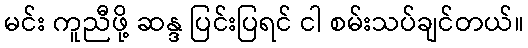
မင်း ကူညီဖို့ ဆန္ဒ ပြင်းပြရင် ငါ စမ်းသပ်ချင်တယ်။